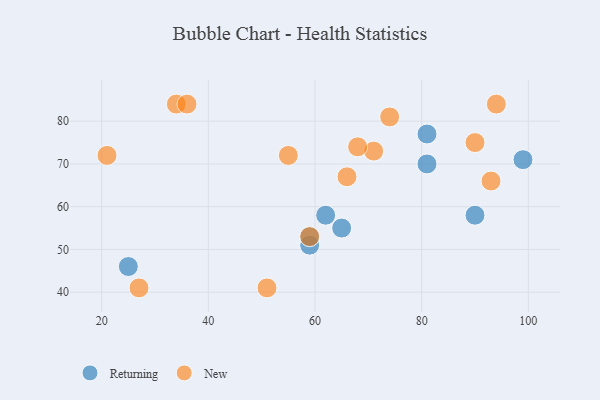
{"axis": {"x": "GDP", "y": "Life Expectancy"}, "legend": ["New", "Returning"], "data": [{"x": "65", "y": 55, "type": "Returning"}, {"x": "90", "y": 58, "type": "Returning"}, {"x": "25", "y": 46, "type": "Returning"}, {"x": "59", "y": 51, "type": "Returning"}, {"x": "99", "y": 71, "type": "Returning"}, {"x": "59", "y": 53, "type": "Returning"}, {"x": "81", "y": 70, "type": "Returning"}, {"x": "62", "y": 58, "type": "Returning"}, {"x": "81", "y": 77, "type": "Returning"}, {"x": "94", "y": 84, "type": "New"}, {"x": "66", "y": 67, "type": "New"}, {"x": "59", "y": 53, "type": "New"}, {"x": "27", "y": 41, "type": "New"}, {"x": "55", "y": 72, "type": "New"}, {"x": "34", "y": 84, "type": "New"}, {"x": "21", "y": 72, "type": "New"}, {"x": "90", "y": 75, "type": "New"}, {"x": "93", "y": 66, "type": "New"}, {"x": "74", "y": 81, "type": "New"}, {"x": "71", "y": 73, "type": "New"}, {"x": "36", "y": 84, "type": "New"}, {"x": "51", "y": 41, "type": "New"}, {"x": "68", "y": 74, "type": "New"}]}